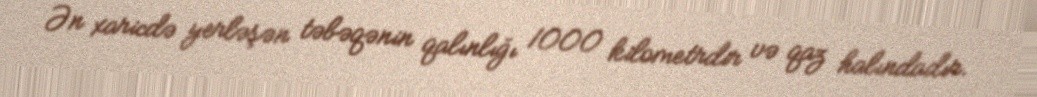
Ən xaricdə yerləşən təbəqənin qalınlığı 1000 kilometrdir və qaz halındadır.